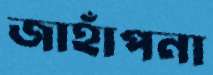
জাহাঁপনা